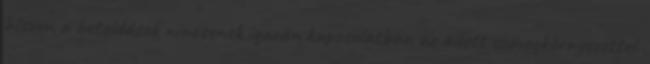
hiszen a betoldások nincsenek igazán kapcsolatban az adott szövegkörnyezettel.